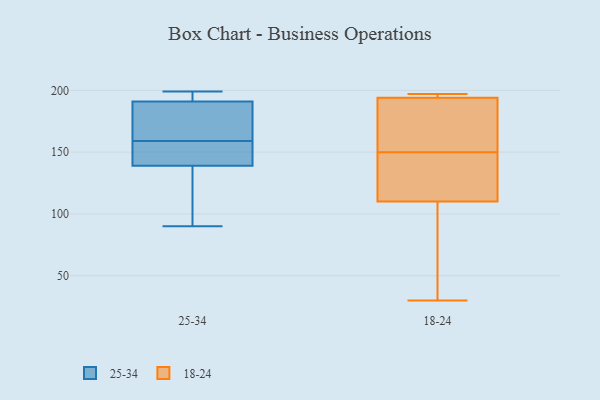
{"axis": {"x": "Latency (ms)", "y": "Value"}, "legend": ["18-24", "25-34"], "data": [{"x": "", "y": 180, "type": "25-34"}, {"x": "", "y": 92, "type": "25-34"}, {"x": "", "y": 164, "type": "25-34"}, {"x": "", "y": 154, "type": "25-34"}, {"x": "", "y": 191, "type": "25-34"}, {"x": "", "y": 199, "type": "25-34"}, {"x": "", "y": 154, "type": "25-34"}, {"x": "", "y": 198, "type": "25-34"}, {"x": "", "y": 139, "type": "25-34"}, {"x": "", "y": 90, "type": "25-34"}, {"x": "", "y": 194, "type": "18-24"}, {"x": "", "y": 173, "type": "18-24"}, {"x": "", "y": 110, "type": "18-24"}, {"x": "", "y": 196, "type": "18-24"}, {"x": "", "y": 127, "type": "18-24"}, {"x": "", "y": 187, "type": "18-24"}, {"x": "", "y": 197, "type": "18-24"}, {"x": "", "y": 30, "type": "18-24"}, {"x": "", "y": 79, "type": "18-24"}, {"x": "", "y": 116, "type": "18-24"}]}